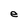
Character: e